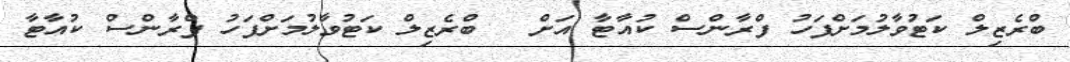
ބްރެޒިލް ކަޓުވާލުމަށްފަހު ފްރާންސް ކުއާޓާ އަށް  	ބްރެޒިލް ކަޓުވާލުމަށްފަހު ފްރާންސް ކުއާޓާ